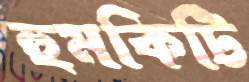
হুমকিটি